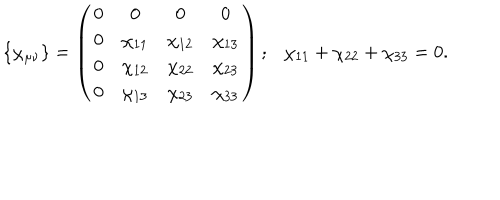
LaTeX: \{ \chi _ { \mu \nu } \} = \left( \begin{array} { c c c c } { { 0 } } & { { 0 } } & { { 0 } } & { { 0 } } \\ { { 0 } } & { { \chi _ { 1 1 } } } & { { \chi _ { 1 2 } } } & { { \chi _ { 1 3 } } } \\ { { 0 } } & { { \chi _ { 1 2 } } } & { { \chi _ { 2 2 } } } & { { \chi _ { 2 3 } } } \\ { { 0 } } & { { \chi _ { 1 3 } } } & { { \chi _ { 2 3 } } } & { { \chi _ { 3 3 } } } \\ \end{array} \right) ; \chi _ { 1 1 } + \chi _ { 2 2 } + \chi _ { 3 3 } = 0 .